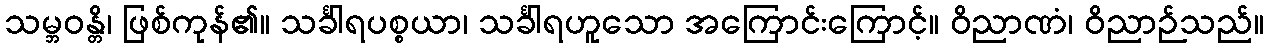
သမ္ဘဝန္တိ၊ ဖြစ်ကုန်၏။ သင်္ခါရပစ္စယာ၊ သင်္ခါရဟူသော အကြောင်းကြောင့်။ ဝိညာဏံ၊ ဝိညာဉ်သည်။